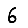
Digit: 6